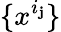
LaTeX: \{ x^{i_{\mathbf{j}}}\}